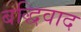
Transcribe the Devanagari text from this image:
बद्धिवाद